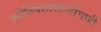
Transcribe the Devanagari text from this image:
ज्योतिषशास्त्रादींचाही